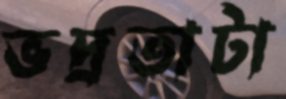
ভদ্রতাটা